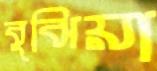
বুঝিয়া